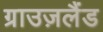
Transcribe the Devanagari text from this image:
ग्राउज़लैंड